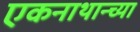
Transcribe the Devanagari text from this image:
एकनाथान्च्या